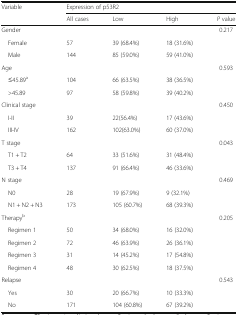
<table><thead><tr><td rowspan="2"><b>Variable</b></td><td colspan="4"><b>Expression of p53R2</b></td></tr><tr><td><b>All cases</b></td><td><b>Low</b></td><td><b>High</b></td><td><b><i>P</i> value</b></td></tr></thead><tbody><tr><td>Gender</td><td></td><td></td><td></td><td>0.217</td></tr><tr><td> Female</td><td>57</td><td>39 (68.4%)</td><td>18 (31.6%)</td><td></td></tr><tr><td> Male</td><td>144</td><td>85 (59.0%)</td><td>59 (41.0%)</td><td></td></tr><tr><td>Age</td><td></td><td></td><td></td><td>0.593</td></tr><tr><td> ≤45.89<sup>a</sup></td><td>104</td><td>66 (63.5%)</td><td>38 (36.5%)</td><td></td></tr><tr><td> &gt;45.89</td><td>97</td><td>58 (59.8%)</td><td>39 (40.2%)</td><td></td></tr><tr><td>Clinical stage</td><td></td><td></td><td></td><td>0.450</td></tr><tr><td> I-II</td><td>39</td><td>22(56.4%)</td><td>17 (43.6%)</td><td></td></tr><tr><td> III-IV</td><td>162</td><td>102(63.0%)</td><td>60 (37.0%)</td><td></td></tr><tr><td>T stage</td><td></td><td></td><td></td><td>0.043</td></tr><tr><td> T1 + T2</td><td>64</td><td>33 (51.6%)</td><td>31 (48.4%)</td><td></td></tr><tr><td> T3 + T4</td><td>137</td><td>91 (66.4%)</td><td>46 (33.6%)</td><td></td></tr><tr><td>N stage</td><td></td><td></td><td></td><td>0.469</td></tr><tr><td> N0</td><td>28</td><td>19 (67.9%)</td><td>9 (32.1%)</td><td></td></tr><tr><td> N1 + N2 + N3</td><td>173</td><td>105 (60.7%)</td><td>68 (39.3%)</td><td></td></tr><tr><td>Therapy<sup>b</sup></td><td></td><td></td><td></td><td>0.205</td></tr><tr><td> Regimen 1</td><td>50</td><td>34 (68.0%)</td><td>16 (32.0%)</td><td></td></tr><tr><td> Regimen 2</td><td>72</td><td>46 (63.9%)</td><td>26 (36.1%)</td><td></td></tr><tr><td> Regimen 3</td><td>31</td><td>14 (45.2%)</td><td>17 (54.8%)</td><td></td></tr><tr><td> Regimen 4</td><td>48</td><td>30 (62.5%)</td><td>18 (37.5%)</td><td></td></tr><tr><td>Relapse</td><td></td><td></td><td></td><td>0.543</td></tr><tr><td> Yes</td><td>30</td><td>20 (66.7%)</td><td>10 (33.3%)</td><td></td></tr><tr><td> No</td><td>171</td><td>104 (60.8%)</td><td>67 (39.2%)</td><td></td></tr></tbody></table>